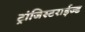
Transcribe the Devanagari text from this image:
ट्रांजिस्टराईज्ड